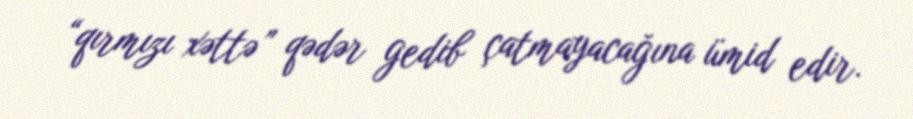
“qırmızı xəttə” qədər gedib çatmayacağına ümid edir.